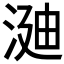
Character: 𣶻